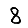
Digit: 8